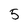
Character: 5